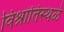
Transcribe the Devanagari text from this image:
विश्रांतिस्थळे